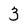
Character: 3